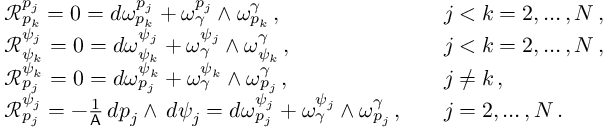
\begin{array} { r l r l } & { \mathcal { R } ^ { p _ { j } } _ { p _ { k } } = 0 = d \omega ^ { p _ { j } } _ { p _ { k } } + \omega ^ { p _ { j } } _ { \gamma } \wedge \omega ^ { \gamma } _ { p _ { k } } \, , } & & { j < k = 2 , \hdots , N \, , } \\ & { \mathcal { R } ^ { \psi _ { j } } _ { \psi _ { k } } = 0 = d \omega ^ { \psi _ { j } } _ { \psi _ { k } } + \omega ^ { \psi _ { j } } _ { \gamma } \wedge \omega ^ { \gamma } _ { \psi _ { k } } \, , } & & { j < k = 2 , \hdots , N \, , } \\ & { \mathcal { R } ^ { \psi _ { k } } _ { p _ { j } } = 0 = d \omega ^ { \psi _ { k } } _ { p _ { j } } + \omega ^ { \psi _ { k } } _ { \gamma } \wedge \omega ^ { \gamma } _ { p _ { j } } \, , } & & { j \neq k \, , } \\ & { \mathcal { R } ^ { \psi _ { j } } _ { p _ { j } } = - \frac { 1 } { \mathsf { A } } \, d p _ { j } \wedge \, d \psi _ { j } = d \omega ^ { \psi _ { j } } _ { p _ { j } } + \omega ^ { \psi _ { j } } _ { \gamma } \wedge \omega ^ { \gamma } _ { p _ { j } } \, , } & & { j = 2 , \hdots , N \, . } \end{array}